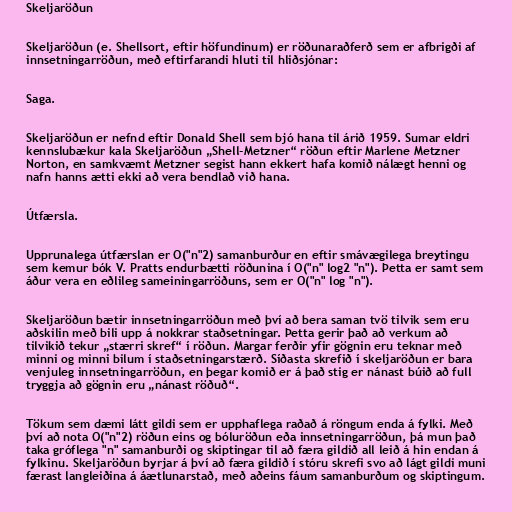
Skeljaröðun

Skeljaröðun (e. Shellsort, eftir höfundinum) er röðunaraðferð sem er afbrigði af
innsetningarröðun, með eftirfarandi hluti til hliðsjónar:

Saga.

Skeljaröðun er nefnd eftir Donald Shell sem bjó hana til árið 1959. Sumar eldri
kennslubækur kala Skeljaröðun „Shell-Metzner“ röðun eftir Marlene Metzner
Norton, en samkvæmt Metzner segist hann ekkert hafa komið nálægt henni og
nafn hanns ætti ekki að vera bendlað við hana.

Útfærsla.

Upprunalega útfærslan er O("n"2) samanburður en eftir smávægilega breytingu
sem kemur bók V. Pratts endurbætti röðunina í O("n" log2 "n"). Þetta er samt sem
áður vera en eðlileg sameiningarröðuns, sem er O("n" log "n").

Skeljaröðun bætir innsetningarröðun með því að bera saman tvö tilvik sem eru
aðskilin með bili upp á nokkrar staðsetningar. Þetta gerir það að verkum að
tilvikið tekur „stærri skref“ í röðun. Margar ferðir yfir gögnin eru teknar með
minni og minni bilum í staðsetningarstærð. Síðasta skrefið í skeljaröðun er bara
venjuleg innsetningarröðun, en þegar komið er á það stig er nánast búið að full
tryggja að gögnin eru „nánast röðuð“.

Tökum sem dæmi látt gildi sem er upphaflega raðað á röngum enda á fylki. Með
því að nota O("n"2) röðun eins og bóluröðun eða innsetningarröðun, þá mun það
taka gróflega "n" samanburði og skiptingar til að færa gildið all leið á hin endan á
fylkinu. Skeljaröðun byrjar á því að færa gildið í stóru skrefi svo að lágt gildi muni
færast langleiðina á áætlunarstað, með aðeins fáum samanburðum og skiptingum.